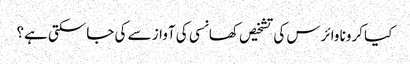
کیا کرونا وائرس کی تشخیص کھانسی کی آواز سے کی جاسکتی ہے؟